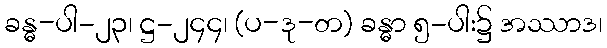
ခန္ဓ-ပါ-၂၃၊ ဋ္ဌ-၂၄၄၊ (ပ-ဒု-တ) ခန္ဓာ ၅-ပါး၌ အဿာဒ၊